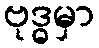
ဗုဒ္ဓမှာ